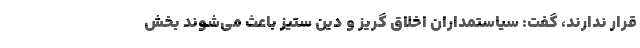
قرار ندارند، گفت: سیاستمداران اخلاق گریز و دین ستیز باعث می‌شوند بخش